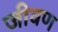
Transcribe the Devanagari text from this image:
जीवण